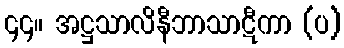
၄၄။ အဋ္ဌသာလိနီဘာသာဋီကာ (ပ)